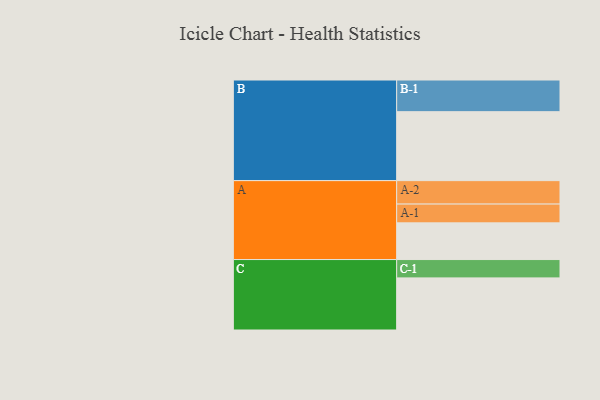
{"axis": {"x": "Segment", "y": "Value"}, "legend": ["", "A", "B", "C"], "data": [{"x": "A", "y": 316, "type": ""}, {"x": "B", "y": 594, "type": ""}, {"x": "C", "y": 449, "type": ""}, {"x": "A-1", "y": 162, "type": "A"}, {"x": "A-2", "y": 202, "type": "A"}, {"x": "B-1", "y": 273, "type": "B"}, {"x": "C-1", "y": 158, "type": "C"}]}